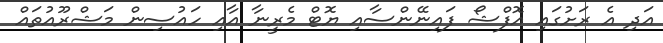
އަދި އެ ރަށުގައި އޮފްޝޯ ފައިނޭންސާއި ޔޮޓް މެރީނާ އާއި ހައުސިން މަޝްރޫއުތައް